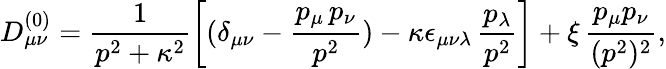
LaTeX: D_{\mu\nu}^{(0)}=\frac{1}{p^{2}+\kappa^{2}}\left[(\delta_{\mu\nu}-\frac{p_{\mu}\, p_{\nu}}{p^{2}})-\kappa\epsilon_{\mu\nu\lambda}\, {\frac{p_{\lambda}}{p^{2}}}\right]+\xi\, \frac{p_{\mu}p_{\nu}}{(p^{2})^{2}},